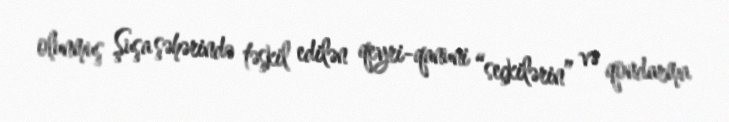
olunmuş Şuşa şəhərində təşkil edilən qeyri-qanuni “seçkilərin” və qondarma